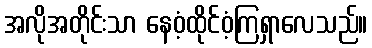
အလိုအတိုင်းသာ နေဝံ့ထိုင်ဝံ့ကြရှာလေသည်။